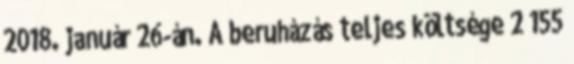
2018. január 26-án. A beruházás teljes költsége 2 155